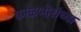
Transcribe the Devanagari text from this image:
काळभोरांच्या